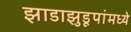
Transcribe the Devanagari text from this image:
झाडाझुडूपांमध्ये